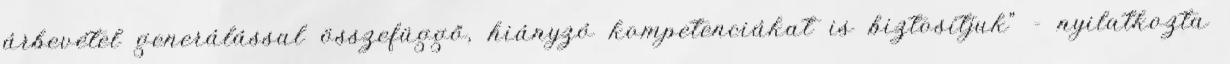
árbevétel generálással összefüggő, hiányzó kompetenciákat is biztosítjuk" - nyilatkozta